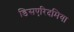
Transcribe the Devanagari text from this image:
डिसएरिदमिया